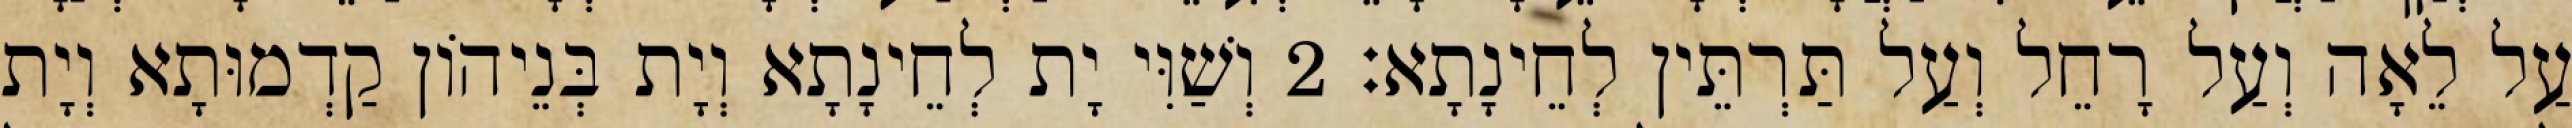
עַל לֵאָה וְעַל רָחֵל וְעַל תַּרְתֵּין לְחֵינָתָא׃ 2 וְשַׁוִּי יָת לְחֵינָתָא וְיָת בְּנֵיהוֹן קַדְמוּתָא וְיָת